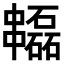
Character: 𠁻